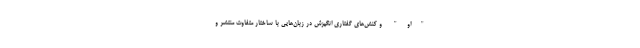
"او" و کنش‌های گفتاری انگیزش در زبان‌هایی با ساختار متفاوت منتشر و